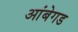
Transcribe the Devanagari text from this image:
आंबेगड